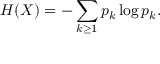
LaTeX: H ( X ) = - \sum _ { k \geq 1 } p _ { k } \log p _ { k } .